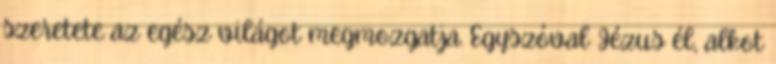
szeretete az egész világot megmozgatja. Egyszóval Jézus él, alkot